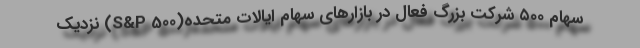
سهام ۵۰۰ شرکت بزرگ فعال در بازار‌های سهام ایالات متحده(S&P 500) نزدیک